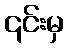
၎င်းမှ